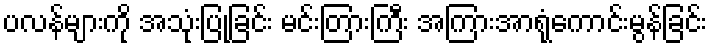
ပလန်များကို အသုံးပြုခြင်း မင်းတြားကြီး အကြားအာရုံကောင်းမွန်ခြင်း